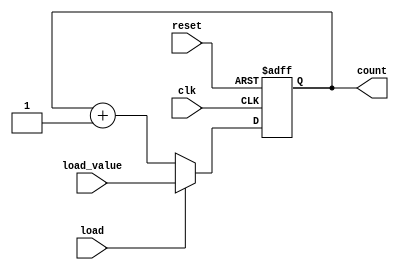
module loadable_counter (
    input wire clk,            // Clock signal
    input wire load,          // Load signal
    input wire [3:0] load_value, // Value to load (4-bit)
    input wire reset,         // Asynchronous reset
    output reg [3:0] count    // Current count value (4-bit)
);

    // Initial value for the counter
    initial begin
        count = 4'b0000;      // Set initial count to 0
    end

    // Asynchronous reset
    always @(posedge clk or posedge reset) begin
        if (reset) begin
            count <= 4'b0000;  // Reset count to 0
        end else if (load) begin
            count <= load_value; // Load new value
        end else begin
            count <= count + 1; // Increment count
        end
    end

endmodule